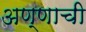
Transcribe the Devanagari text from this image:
अण्णाची